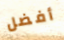
أفضل